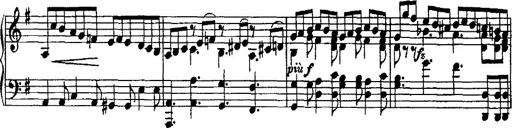
Title: Rondo di bravura
Composer: Franz Liszt